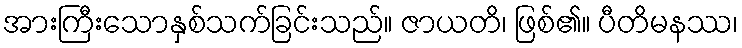
အားကြီးသောနှစ်သက်ခြင်းသည်။ ဇာယတိ၊ ဖြစ်၏။ ပီတိမနဿ၊